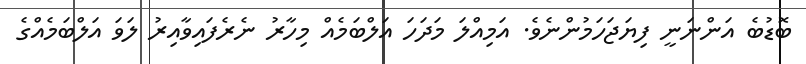
ބޮޑުބެ އަންނަނީ ފިޔަޖަހަމުންނެވެ. އަމިއްލަ މަދަހަ އަލްބަމެއް މިހާރު ނެރެފައިވާއިރު ލަވަ އަލްބަމެއްގެ